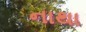
નાથા